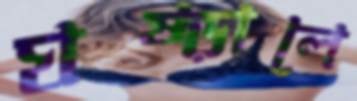
ঘষ্‌ড়ালে